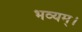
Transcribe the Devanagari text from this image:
भव्यम्।